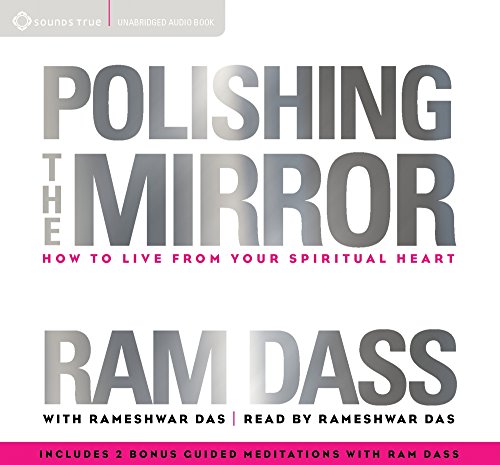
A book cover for Polishing the Mirror: How to Live from Your Spiritual Heart; Ram Dass; Religion & Spirituality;